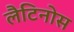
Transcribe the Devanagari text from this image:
लैटिनोस